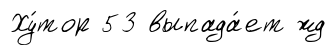
Ху́тор 53 выпада́ет жд